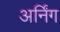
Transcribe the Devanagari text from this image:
अर्निंग